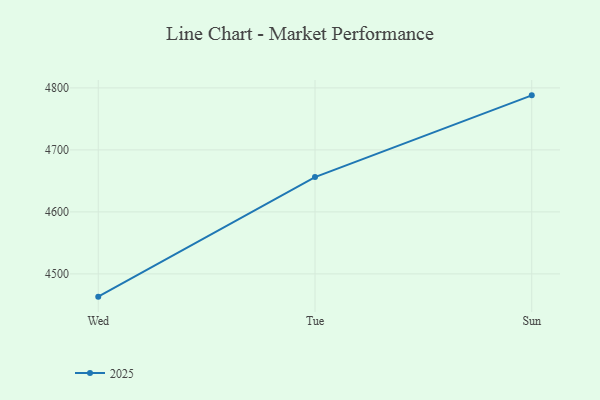
{"axis": {"x": "Day", "y": "Population (Million)"}, "legend": ["2025"], "data": [{"x": "Wed", "y": 4463.3, "type": "2025"}, {"x": "Tue", "y": 4656.1, "type": "2025"}, {"x": "Sun", "y": 4788.0, "type": "2025"}]}